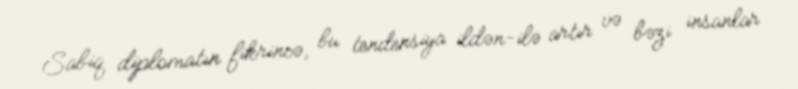
Sabiq diplomatın fikrincə, bu tendensiya ildən-ilə artır və bəzi insanlar